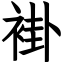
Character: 褂